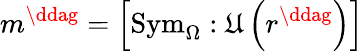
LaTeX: m^{\ddag}=\left[\mathrm{Sym}_{\Omega}:\mathfrak{U}\left(r^{\ddag}\right)\right]